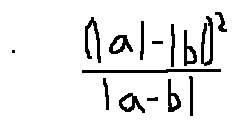
\frac { ( | a | - | b | ) ^ { 2 } } { | a - b | }